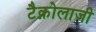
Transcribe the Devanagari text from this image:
टैक्नोलाजी